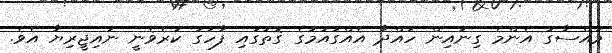
މައްސާގު އެންމެ ގިނައިން ހައްދާ އެއްގައުމުގެ ގޮތުގައި ފާހަގަ ކުރެވެނީ ނައިޖީރިޔާ އެވެ.